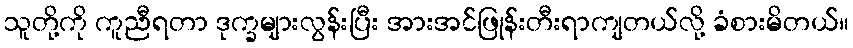
သူတို့ကို ကူညီရတာ ဒုက္ခများလွန်းပြီး အားအင်ဖြုန်းတီးရာကျတယ်လို့ ခံစားမိတယ်။